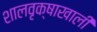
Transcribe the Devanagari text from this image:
शालवृक्षाखाली